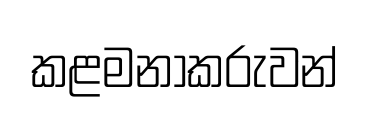
කළමනාකරුවන්